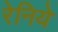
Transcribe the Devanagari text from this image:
रेनिये